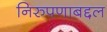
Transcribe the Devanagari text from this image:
निरुपणाबद्दल